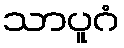
သာပူဂံ